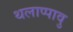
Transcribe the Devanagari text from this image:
थलाप्पावु